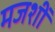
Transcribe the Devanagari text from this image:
मजशीं